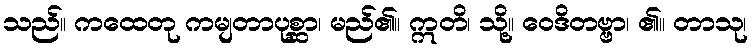
သည်။ ကထေတု ကမျတာပုစ္ဆာ၊ မည်၏။ ဣတိ၊ သို့။ ဝေဒိတဗ္ဗာ၊ ၏။ တာသု၊